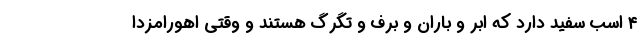
۴ اسب سفید دارد که ابر و باران و برف و تگرگ هستند و وقتی اهورامزدا